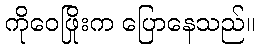
ကိုဝေဖြိုးက ပြောနေသည်။